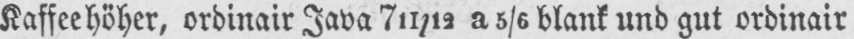
Kaffeehöher, ordinair Java 711/12 a 5/6 blank und gut ordinair